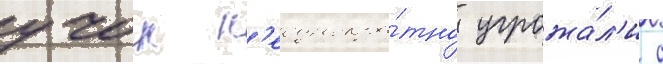
учок н'еоднокра́тно угрожа́л'и с